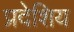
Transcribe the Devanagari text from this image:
प्रदेशिय